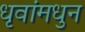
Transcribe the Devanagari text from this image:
धृवांमधुन